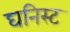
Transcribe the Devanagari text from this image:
घनिस्ट